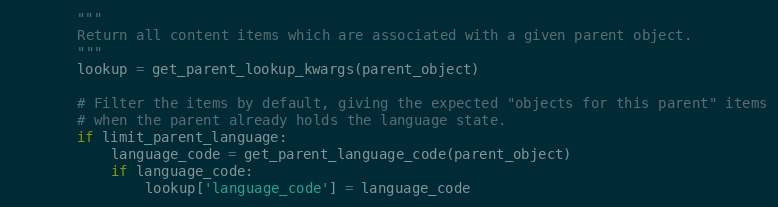
Language: Python
        """
        Return all content items which are associated with a given parent object.
        """
        lookup = get_parent_lookup_kwargs(parent_object)

        # Filter the items by default, giving the expected "objects for this parent" items
        # when the parent already holds the language state.
        if limit_parent_language:
            language_code = get_parent_language_code(parent_object)
            if language_code:
                lookup['language_code'] = language_code